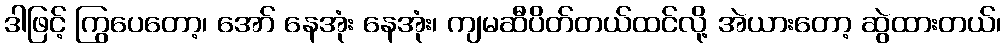
ဒါဖြင့် ကြွပေတော့၊ အော် နေအုံး နေအုံး၊ ကျမဆီပိတ်တယ်ထင်လို့ အဲယားတော့ ဆွဲထားတယ်၊